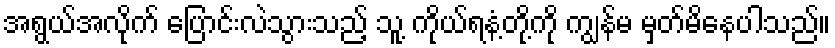
အရွယ်အလိုက် ပြောင်းလဲသွားသည့် သူ့ ကိုယ်ရနံ့တို့ကို ကျွန်မ မှတ်မိနေပါသည်။